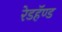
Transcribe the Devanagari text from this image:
रेडहॅण्ड